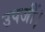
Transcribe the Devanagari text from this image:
उपजीं।